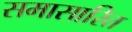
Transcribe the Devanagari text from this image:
समासारित